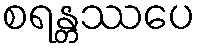
စရန္တဿပေ